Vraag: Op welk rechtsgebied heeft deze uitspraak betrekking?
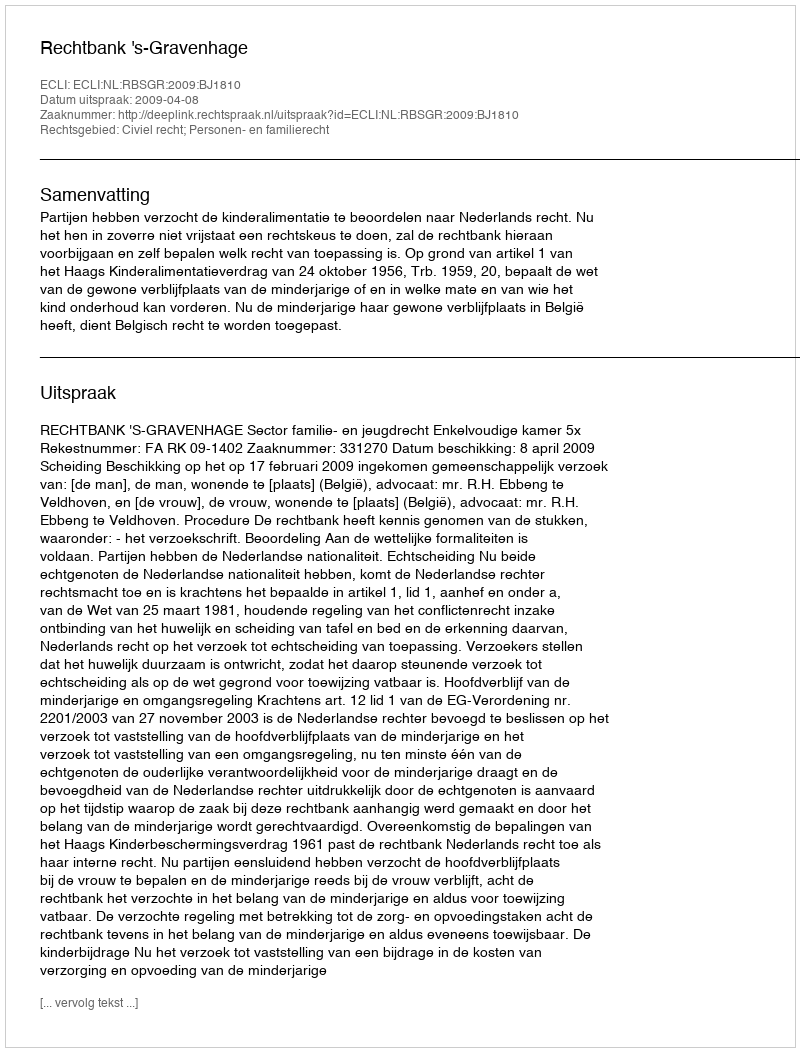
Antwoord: Civiel recht; Personen- en familierecht